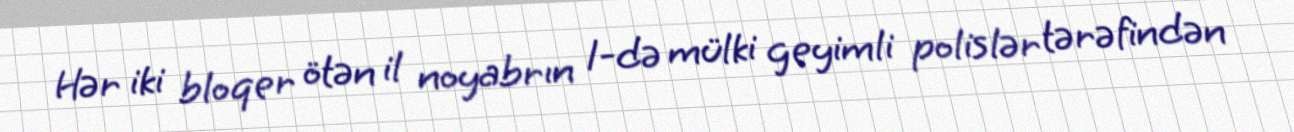
Hər iki bloqer ötən il noyabrın 1-də mülki geyimli polislər tərəfindən